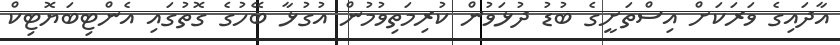
އާދައިގެ ވަރަކަށް އިސްތަށީގެ ބުޑު ދުޅަވުން ކުރިމަތިވުމުން އުގުޅާ ބޭހުގެ ގޮތުގައި އެންޓިބަޔޮޓިކް